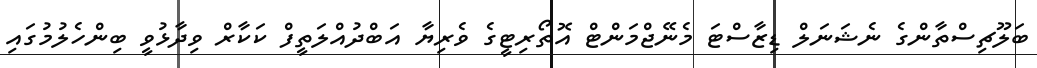
ބަލޫޗިސްތާންގެ ނެޝަނަލް ޑިޒާސްޓަ މެނޭޖްމަންޓް އޮތޯރިޓީގެ ވެރިޔާ އަބްދުއްލަތީފް ކަކާރް ވިދާޅުވީ ބިންހެލުމުގައި